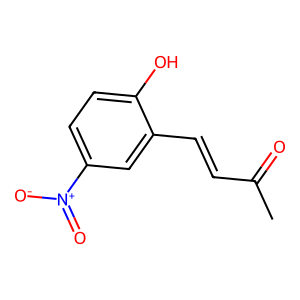
SMILES: CC(=O)C=Cc1cc([N+](=O)[O-])ccc1O
Inhibits HIV replication: No